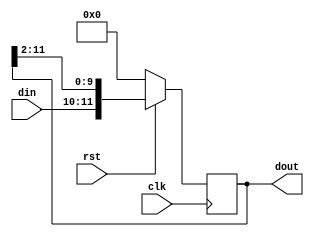
//
// Verilog Module mopshub_lib.bitstream_shift_register
//
// Created:
//          by - dcs.dcs (chipdev2.physik.uni-wuppertal.de)
//          at - 22:37:59 04/03/21
//
// using Mentor Graphics HDL Designer(TM) 2018.1 (Build 12)
//
//-------------------------------------------------------------------------------------------
//--live bitstream
//-- Serial In Parallel Out Shift Register SIPO
//-------------------------------------------------------------------------------------------
`resetall
`timescale 1ns/10ps
module bitstream_shift_register ( 
  input   wire    [1:0]      din,// Declare input for data to the first flop in the shift register
  input   wire               clk,  // Declare input for the clock to all flops in the shift register
  input   wire               rst,  // Declare input to reset the register to a default value
  output  wire    [11:0]     dout
  );
  reg [11:0]  dout_r;
  initial dout_r = 12'b0;
  
  assign dout = dout_r;
  // Declare output to read out the current value of all flops in this register  
  // This always block will "always" be triggered on the rising edge of the clock   
  // Once it enters the block, it will first check to see if reset is 0 and if yes, then reset register   
  // If no, then check to see if the shift register is enabled  
  // If no => maintain previous output. If yes, then shift based on the requested direction
  always @ (posedge clk)  
  if (!rst)  dout_r <= 0;  
  else       dout_r <= {din, dout_r[11:2]};   //shift to right direction [1]
endmodule